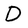
Character: D